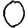
Digit: 0